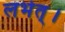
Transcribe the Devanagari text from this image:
लभेत्।